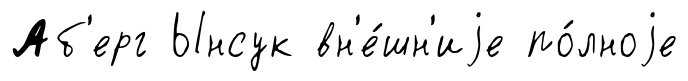
Аб'ерг Ынсук вн'е́шн'иjе по́лноjе